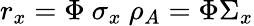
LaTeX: r_{x}=\Phi\ \sigma_{x}\ \rho_{A}=\Phi\Sigma_{x}